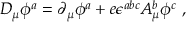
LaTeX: D _ { \mu } \phi ^ { a } = \partial _ { \mu } \phi ^ { a } + e \epsilon ^ { a b c } A _ { \mu } ^ { b } \phi ^ { c } \ ,